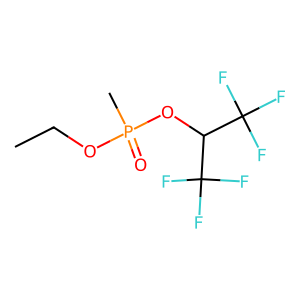
SMILES: CCOP(C)(=O)OC(C(F)(F)F)C(F)(F)F
Inhibits HIV replication: No